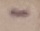
Text: -